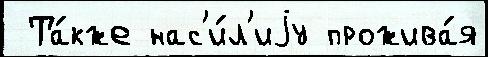
 Та́кже нас'и́л'иjу прожива́я